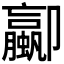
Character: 𫨁